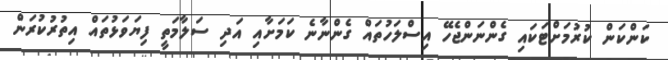
ކަންކަން ކުރުމަށްޓަކައި ގެންނަންޖެހޭ އިސްލަހުތައް ގެންނާނެ ކަމަށާއި އަދި ސަލާމަތީ ފިޔަވަޅުތައް އިތުރުކުރަން